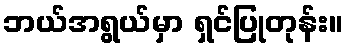
ဘယ်အရွယ်မှာ ရှင်ပြုတုန်း။